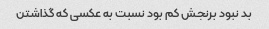
بد نبود برنجش کم بود نسبت به عکسی که گذاشتن